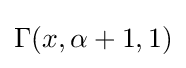
\Gamma (x,\alpha +1,1)